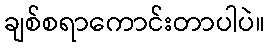
ချစ်စရာကောင်းတာပါပဲ။